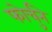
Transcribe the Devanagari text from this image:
फोर्चुने